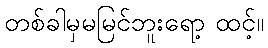
တစ်ခါမှမမြင်ဘူးရော့ ထင့်။